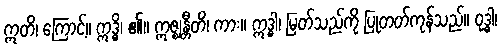
ဣတိ၊ ကြောင့်။ ဣဒ္ဓိ၊ ၏။ ဣဇ္ဈန္တီတိ၊ ကား။ ဣဒ္ဓါ၊ မြတ်သည်ကို ပြုတတ်ကုန်သည်။ ဝုဒ္ဓါ၊